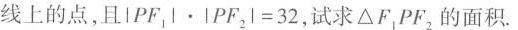
线上的点，且$$| P F _ { 1 } | \cdot | P F _ { 2 } = 3 2 $$，，试求△F_{1}PF_{2}的面积。